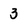
Character: 3